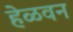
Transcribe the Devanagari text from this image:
हेळवन